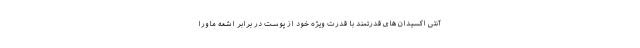
آنتی اکسیدان های قدرتمند با قدرت ویژه خود از پوست در برابر اشعه ماورا